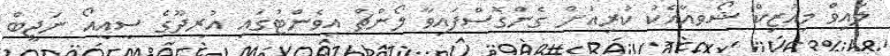
ލައިވް މިއުޒިކް ޝޯވއާއެކު ކުރިއަށް ގެންގޮސްފައިވާ ލޯންޗް އިވެންޓުގައި އުރީދޫގެ ސީއީއޯ ނަޖީބް